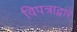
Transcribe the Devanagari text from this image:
विपत्राद्वारे